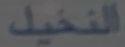
النخيل